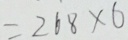
= 2 6 8 \times 6